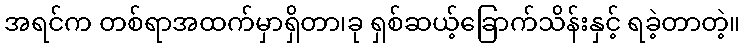
အရင်က တစ်ရာအထက်မှာရှိတာ၊ခု ရှစ်ဆယ့်ခြောက်သိန်းနှင့် ရခဲ့တာတဲ့။